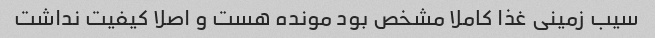
سیب زمینی غذا کاملا مشخص بود مونده هست و اصلا کیفیت نداشت